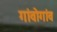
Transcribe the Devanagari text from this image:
गांवोगांव